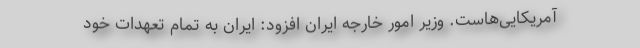
آمریکایی‌هاست. وزیر امور خارجه ایران افزود: ایران به تمام تعهدات خود